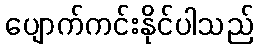
ပျောက်ကင်းနိုင်ပါသည်